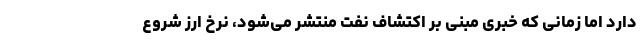
دارد اما زمانی که خبری مبنی بر اکتشاف نفت منتشر می‌شود، نرخ ارز شروع